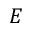
E